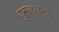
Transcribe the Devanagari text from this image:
युग्मकजनक